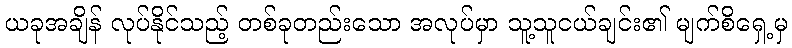
ယခုအချိန် လုပ်နိုင်သည့် တစ်ခုတည်းသော အလုပ်မှာ သူ့သူငယ်ချင်း၏ မျက်စိရှေ့မှ